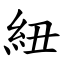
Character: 紐